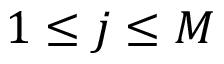
1 \leq j \le M